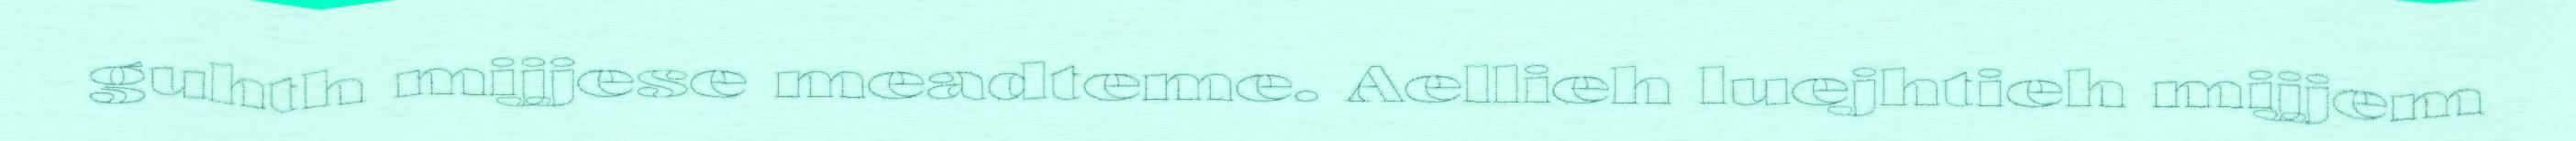
guhth mijjese meadteme. Aellieh luejhtieh mijjem